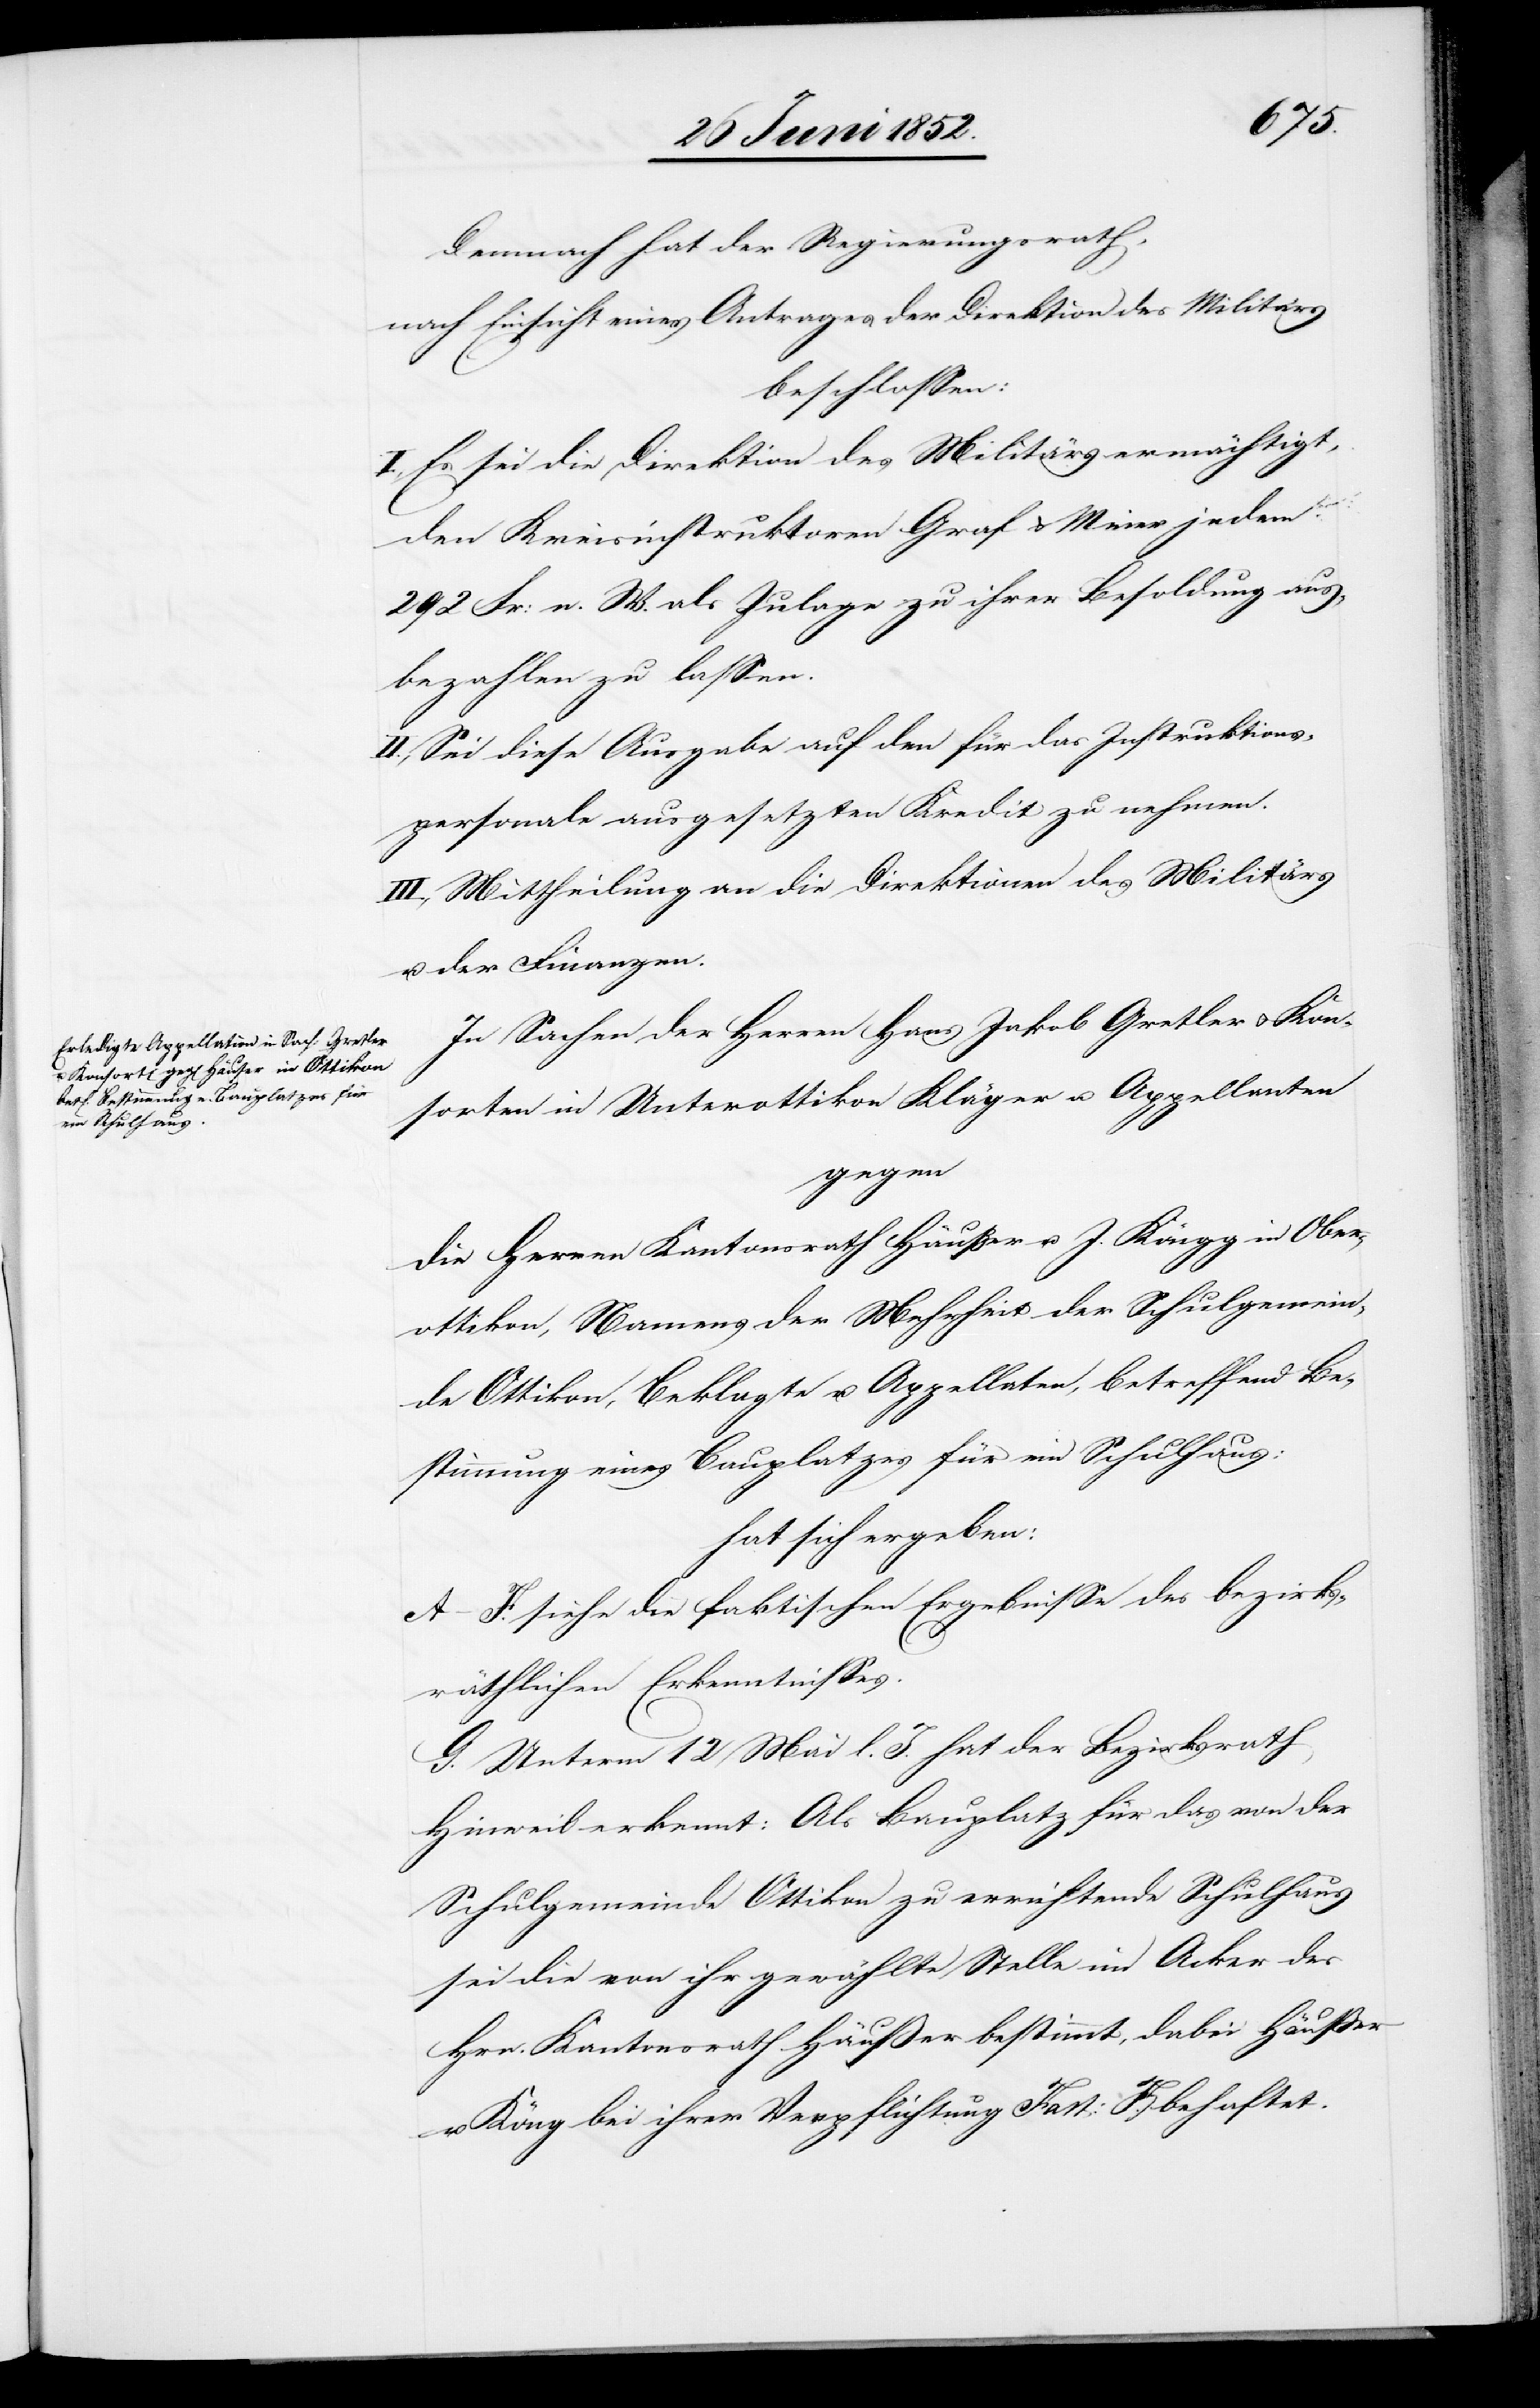
Demnach hat der Regierungsrath,
nach Einsicht eines Antrages der Direktion des Militärs
beschlossen:
I., Es sei die Direktion des Militärs ermächtigt,
den Kreisinstruktoren Graf & Meier jedem
292 Fr: n. W. als Zulage zu ihrer Besoldung aus¬
bezahlen zu lassen.
II., Sei diese Ausgabe auf den für das Instruktions¬
personale ausgesetzten Kredit zu nehmen.
III., Mittheilung an die Direktionen des Militärs
u. der Finanzen.
In Sachen der Herren Hans Jakob Gretler u. Kon¬
sorten in Unterottikon Kläger u. Appellanten
gegen
die Herren Kantonsrath Häußer u. J. Köngg in Ober¬
ottikon, Namens der Mehrheit der Schulgemein¬
de Ottikon, Beklagte u. Appellaten, betreffend Be¬
stimmung eines Bauplatzes für ein Schulhaus;
hat sich ergeben:
A–F. siehe die faktischen Ergebnisse des bezirks¬
räthlichen Erkenntnisses.
G. Unterm 12 Mai l. J. hat der Bezirksrath
Hinweil erkennt: Als Bauplatz für das von der
Schulgemeinde Ottikon zu errichtende Schulhaus
sei die von ihr gewählte Stelle im Acker des
Hrn. Kantonsrath Häußer bestimmt, dabei Häußer
[sic!] bei ihrer Verpflichtung Fact: F. behaftet.